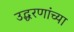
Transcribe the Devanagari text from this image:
उद्धरणांच्या